Language: tamil
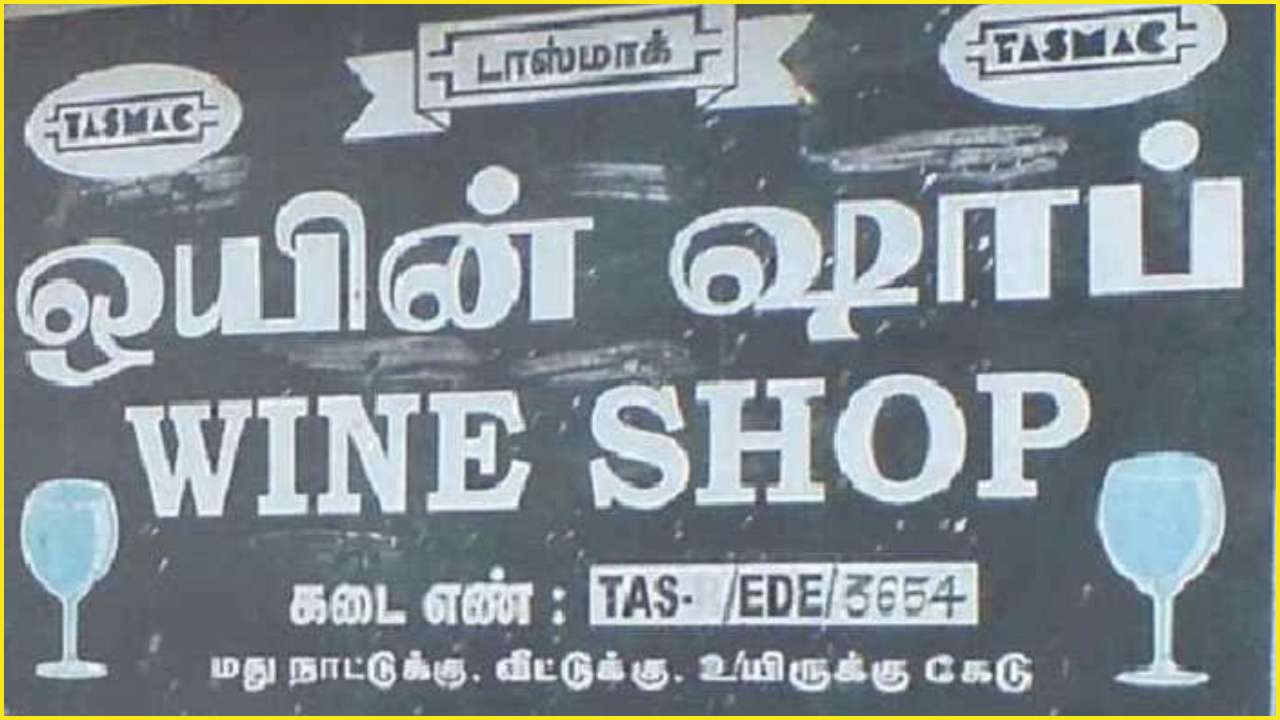
Transcription: டாஸ்மாக் எண் மது நாட்டுக்கு கேடு ஒயின் கடை உயிருக்கு வீட்டுக்கு ஷாப்